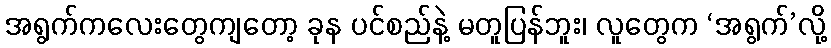
အရွက်ကလေးတွေကျတော့ ခုန ပင်စည်နဲ့ မတူပြန်ဘူး၊ လူတွေက ‘အရွက်’လို့